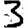
Digit: 3